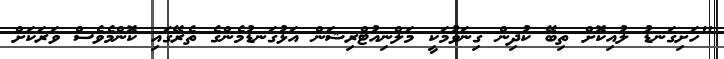
"ހަށިގަނޑު ލުއިކޮށް ތިބޭ ކުދިން ގިނަވުމަކީ މަލްނިއުޓްރިޝަން އަޅުގަނޑުމެންގެ ތެރޭގައި ކޮންމެވެސް ވަރަކަށް